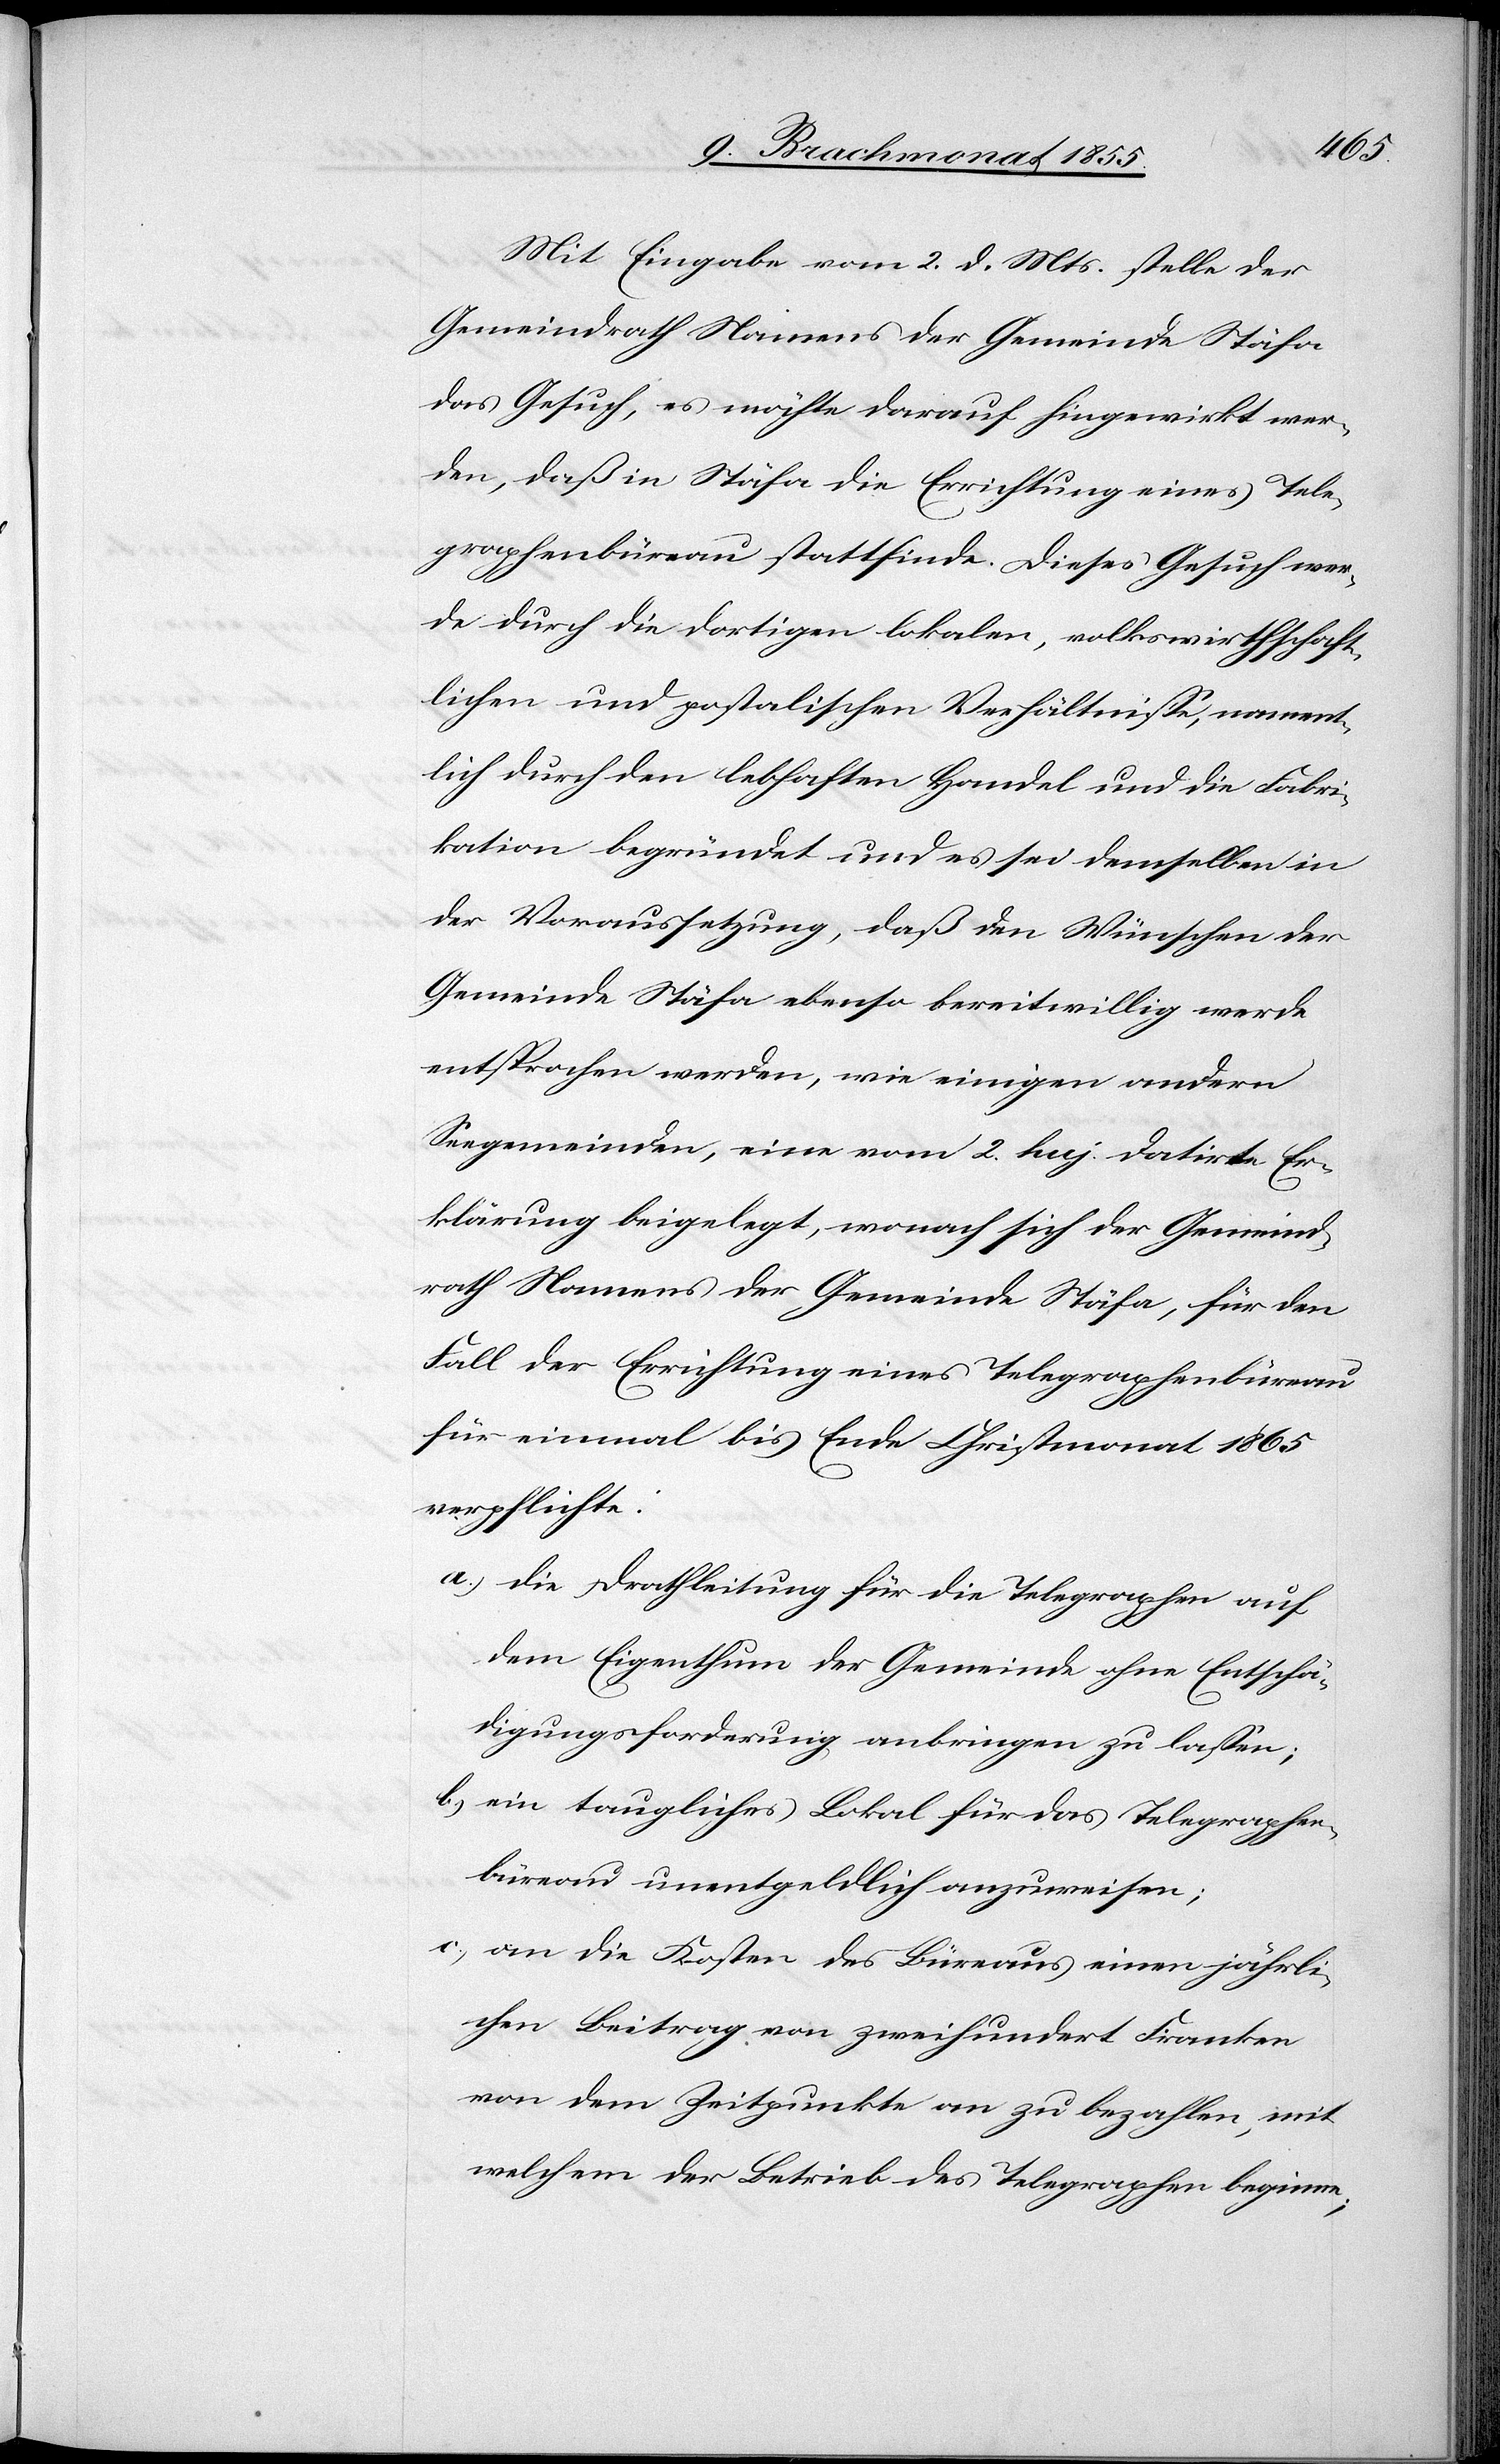
Mit Eingabe vom 2. d. Mts. stelle der
Gemeindrath Namens der Gemeinde Stäfa
das Gesuch, es möchte darauf hingewirkt wer¬
den, daß in Stäfa die Errichtung eines Tele¬
graphenbüreau stattfinde. Dieses Gesuch wer¬
de durch die dortigen lokalen, volkswirthschaft¬
lichen und postalischen Verhältnisse, nament¬
lich durch den lebhaften Handel und die Fabri¬
kation begründet und es sei demselben in
der Voraussetzung, daß den Wünschen der
Gemeinde Stäfa ebenso bereitwillig werde
entsprochen werden, wie einigen andern
Seegemeinden, eine vom 2. huj. datirte Er¬
klärung beigelegt, wonach sich der Gemeind¬
rath Namens der Gemeinde Stäfa, für den
Fall der Errichtung eines Telegraphenbüreau
für einmal bis Ende Christmonat 1865
verpflichte:
die Drathleitung für die Telegraphen auf
dem Eigenthum der Gemeinde ohne Entschä¬
digungsforderung anbringen zu lassen;
ein taugliches Lokal für das Telegraphen¬
büreau unentgeldlich anzuweisen;
an die Kosten des Büreaus einen jährli¬
chen Beitrag von zweihundert Franken
von dem Zeitpunkte an zu bezahlen, mit
welchem der Betrieb des Telegraphen beginne;